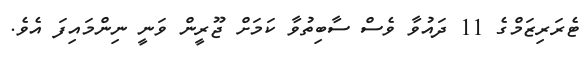
ޓެރަރިޒަމްގެ 11 ދައުވާ ވެސް ސާބިތުވާ ކަމަށް ޖޫރީން ވަނީ ނިންމައިފަ އެވެ.